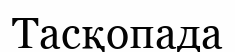
Тасқопада